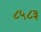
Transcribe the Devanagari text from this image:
८५८३